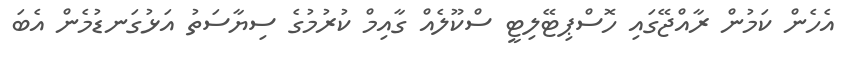
އެހެން ކަމުން ރާއްޖޭގައި ހޮސްޕިޓޭލިޓީ ސްކޫލެއް ގާއިމް ކުރުމުގެ ސިޔާސަތު އަޅުގަނޑުމެން އެބަ